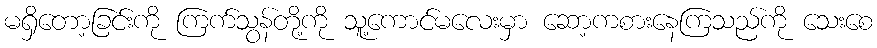
မရှိတော့ခြင်းကို ကြက်သွန်တို့ကို သူ့ကောင်မလေးမှာ ဆော့ကစားနေကြသည်ကို သေးစေ